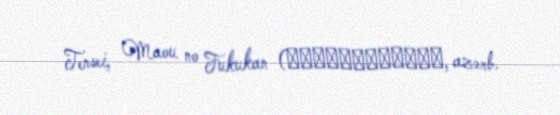
Tensei, Maou no Fukukan (人狼への転生、魔王の副官, azərb.